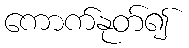
ကောက်နုတ်၍